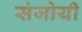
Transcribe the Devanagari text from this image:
संजोयी